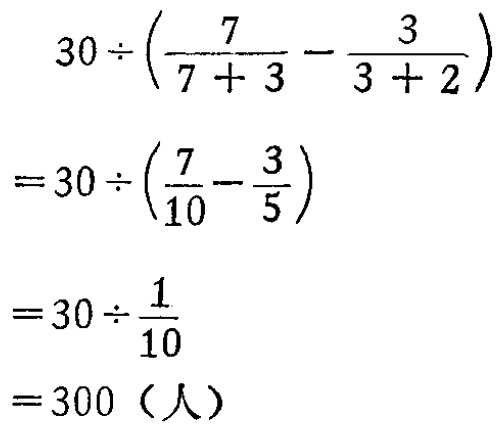
\[
\begin{align*}
&30\div(\frac{7}{7 + 3}-\frac{3}{3 + 2})\\
=&30\div(\frac{7}{10}-\frac{3}{5})\\
=&30\div\frac{1}{10}\\
=&300（人）
\end{align*}
\]